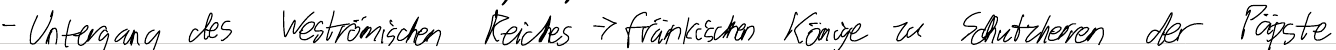
- Untergang des Weströmischen Reiches -> fränkischen Könige zu Schutzherren der Päpste